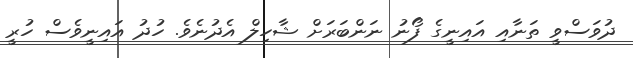
ދުވަސްވީ ތަނާއި އައިނީގެ ފޯނު ނަންބަރަށް ޝާހިލް އެދުނެވެ. ހުދު އައިނީވެސް ހުރީ